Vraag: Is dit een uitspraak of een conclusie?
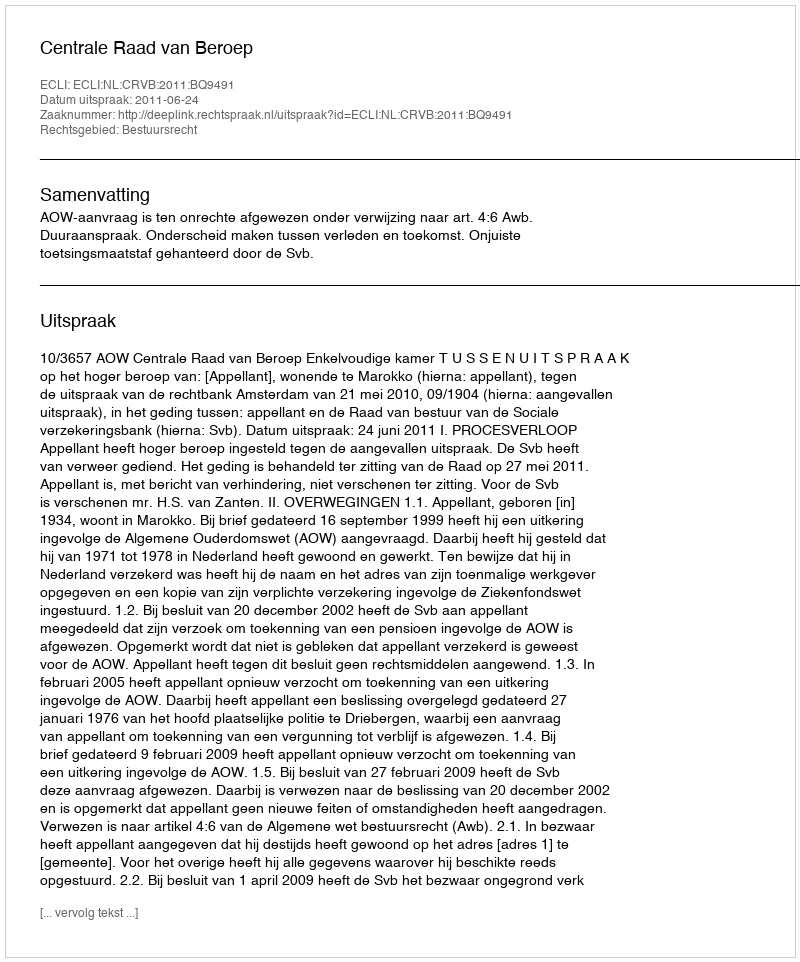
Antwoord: Uitspraak